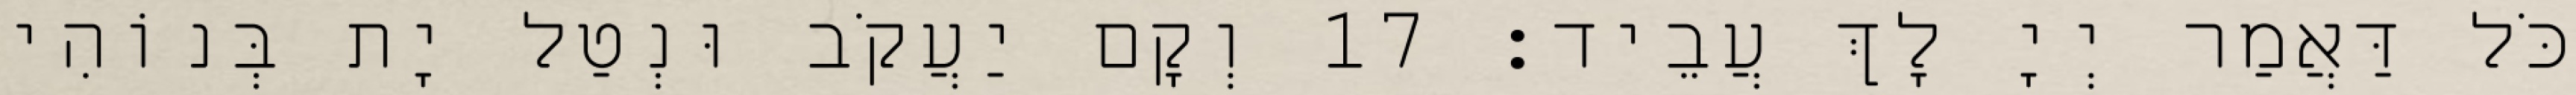
כֹּל דַּאֲמַר יְיָ לָךְ עֲבֵיד׃ 17 וְקָם יַעֲקֹב וּנְטַל יָת בְּנוֹהִי